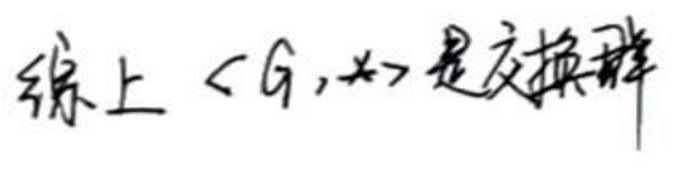
线上\(\langle G, *\rangle\)是交换群